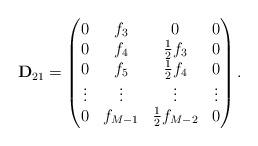
LaTeX: \begin{align*}{\bf D}_{21} = \begin{pmatrix}0 & f_3 & 0 & 0 \\0 & f_4 & \frac{1}{2} f_3 & 0 \\0 & f_5 & \frac{1}{2} f_4 & 0 \\\vdots & \vdots & \vdots & \vdots \\0 & f_{M-1} & \frac{1}{2} f_{M-2} & 0\end{pmatrix}.\end{align*}